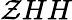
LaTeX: \mathcal{Z}HH